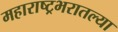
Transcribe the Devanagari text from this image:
महाराष्ट्रभरातल्या